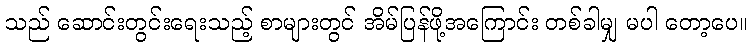
သည် ဆောင်းတွင်းရေးသည့် စာများတွင် အိမ်ပြန်ဖို့အကြောင်း တစ်ခါမျှ မပါ တော့ပေ။